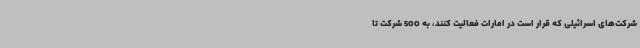
شرکت‌های اسرائیلی که قرار است در امارات فعالیت کنند، به 500 شرکت تا